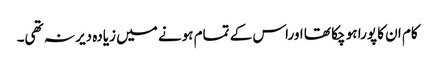
کام ان کا پورا ہو چکا تھا اوراس کے تمام ہونے میں زیادہ دیر نہ تھی۔